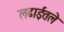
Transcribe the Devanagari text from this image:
लढाईतले